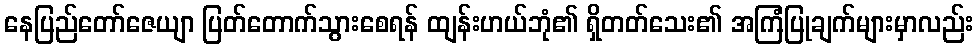
နေပြည်တော်ဇေယျာ ပြတ်တောက်သွားစေရန် ထျန်းဟယ်ဘုံ၏ ရှိတတ်သေး၏ အကြံပြုချက်များမှာလည်း